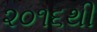
૨૦૧૬થી